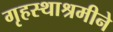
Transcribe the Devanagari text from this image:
गृहस्थाश्रमीने